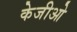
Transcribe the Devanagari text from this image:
केजीओ